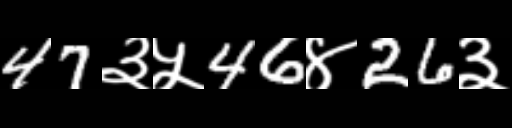
Text: 47३५46४26३